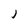
Character: j